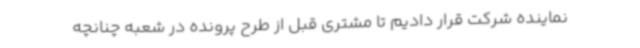
نماینده شرکت قرار دادیم تا مشتری قبل از طرح پرونده در شعبه چنانچه